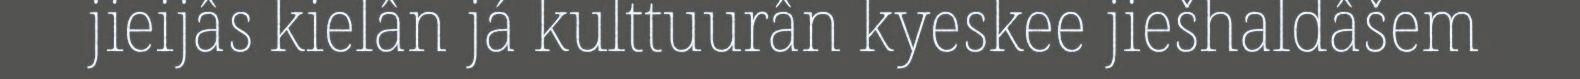
jieijâs kielân já kulttuurân kyeskee jiešhaldâšem